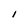
Character: I